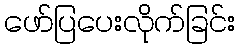
ဖော်ပြပေးလိုက်ခြင်း